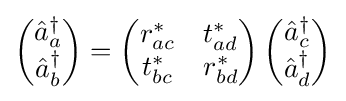
\left({\begin{matrix}{\hat {a}}_{a}^{\dagger }\\{\hat {a}}_{b}^{\dagger }\end{matrix}}\right)=\left({\begin{matrix}r_{ac}^{\ast }&t_{ad}^{\ast }\\t_{bc}^{\ast }&r_{bd}^{\ast }\end{matrix}}\right)\left({\begin{matrix}{\hat {a}}_{c}^{\dagger }\\{\hat {a}}_{d}^{\dagger }\end{matrix}}\right)